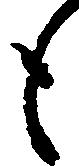
も